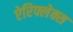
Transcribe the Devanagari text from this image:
ऐरिफ्लेक्स